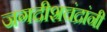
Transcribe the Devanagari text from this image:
जगदीशचंद्रांनी